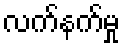
လက်နက်မှု